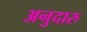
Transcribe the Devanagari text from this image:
अनुदारु